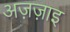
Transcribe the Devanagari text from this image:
अज़ज़ाइ